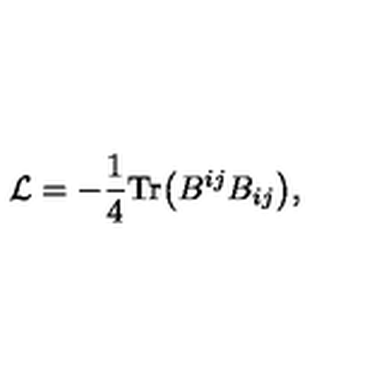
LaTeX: { \cal L } = - \frac { 1 } { 4 } \mathrm { T r } \bigl ( B ^ { i j } B _ { i j } \bigr ) ,